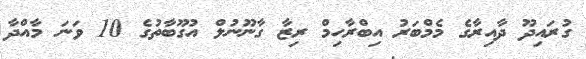
ގުރައިދޫ ދާއިރާގެ މެމްބަރު އިބްރާހިމް ރިޒާ ގާނޫނުލް އުގޫބާތުގެ 10 ވަނަ މާއްދާ